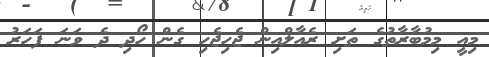
މިއީ މިމުބާރާތުގެ ތަށި ރެއާލްއިން ޖެހިޖެހި ގެން ހޯދި ދެ ވަނަ ފަހަރު